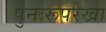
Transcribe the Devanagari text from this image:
पुनःरूपरेखा